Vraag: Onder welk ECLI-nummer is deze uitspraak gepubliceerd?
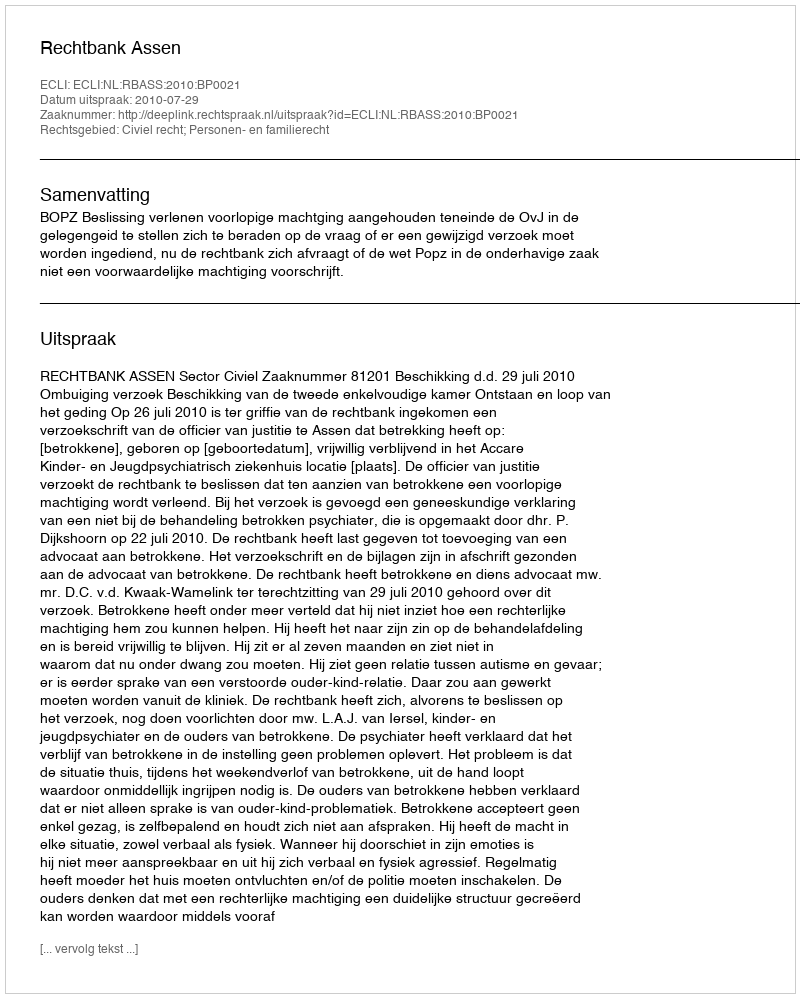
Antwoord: ECLI:NL:RBASS:2010:BP0021